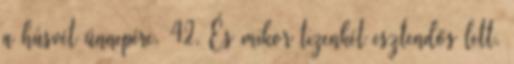
a húsvét ünnepére. 42. És mikor tizenkét esztendős lett,